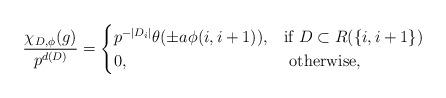
LaTeX: \begin{align*}\frac{\chi_{D,\phi}(g)}{p^{d(D)}}= \begin{cases} p^{-|D_i|} \theta(\pm a \phi(i,i+1)), & \mbox{if } D \subset R(\{i,i+1\}) \\ 0, & \mbox{ otherwise,} \end{cases}\end{align*}